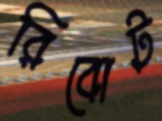
রিবোট